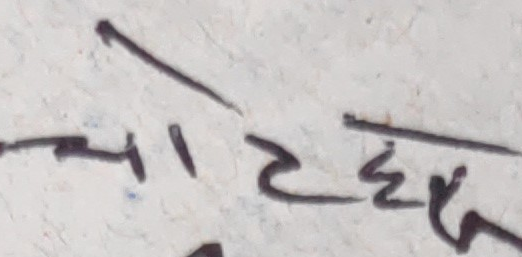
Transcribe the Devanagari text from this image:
चाटहेर